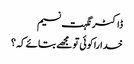
ڈاکٹر نگہت نسیم
خدا را کوئی تو مجھے بتائے کہ ؟